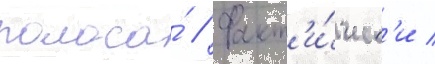
полоса́ // Факт'и́ческ'и /